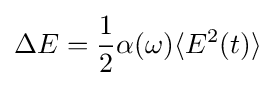
\Delta E={\frac {1}{2}}\alpha (\omega )\langle E^{2}(t)\rangle